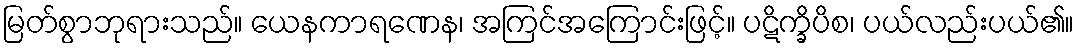
မြတ်စွာဘုရားသည်။ ယေနကာရဏေန၊ အကြင်အကြောင်းဖြင့်။ ပဋိက္ခိပိစ၊ ပယ်လည်းပယ်၏။